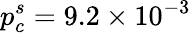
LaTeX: p_{c}^{s}=9.2\times 10^{-3}